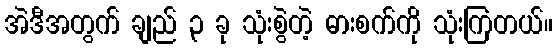
အဲဒီအတွက် ချည် ၃ ခု သုံးစွဲတဲ့ ဓားစက်ကို သုံးကြတယ်။